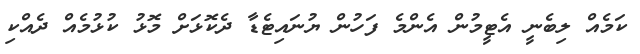
ކަމެއް ލިބެނީ އެޓީމުން އެންމެ ފަހުން ޔުނައިޓެޑާ ދެކޮޅަށް މޮޅު ކުޅުމެއް ދެއްކި